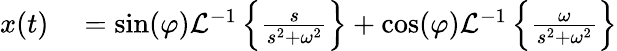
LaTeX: \begin{array}{rl}{x(t)}&{{}=\sin(\varphi){\mathcal{L}}^{-1}\left\{ {\frac{s}{s^{2}+\omega^{2}}}\right\} +\cos(\varphi){\mathcal{L}}^{-1}\left\{ {\frac{\omega}{s^{2}+\omega^{2}}}\right\} }\end{array}